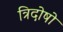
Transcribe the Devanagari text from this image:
त्रिदोषो